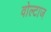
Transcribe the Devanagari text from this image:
वोल्टाज